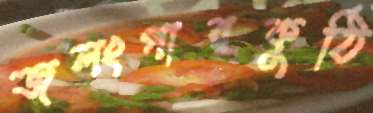
জলংগারকুঠি